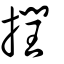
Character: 撋